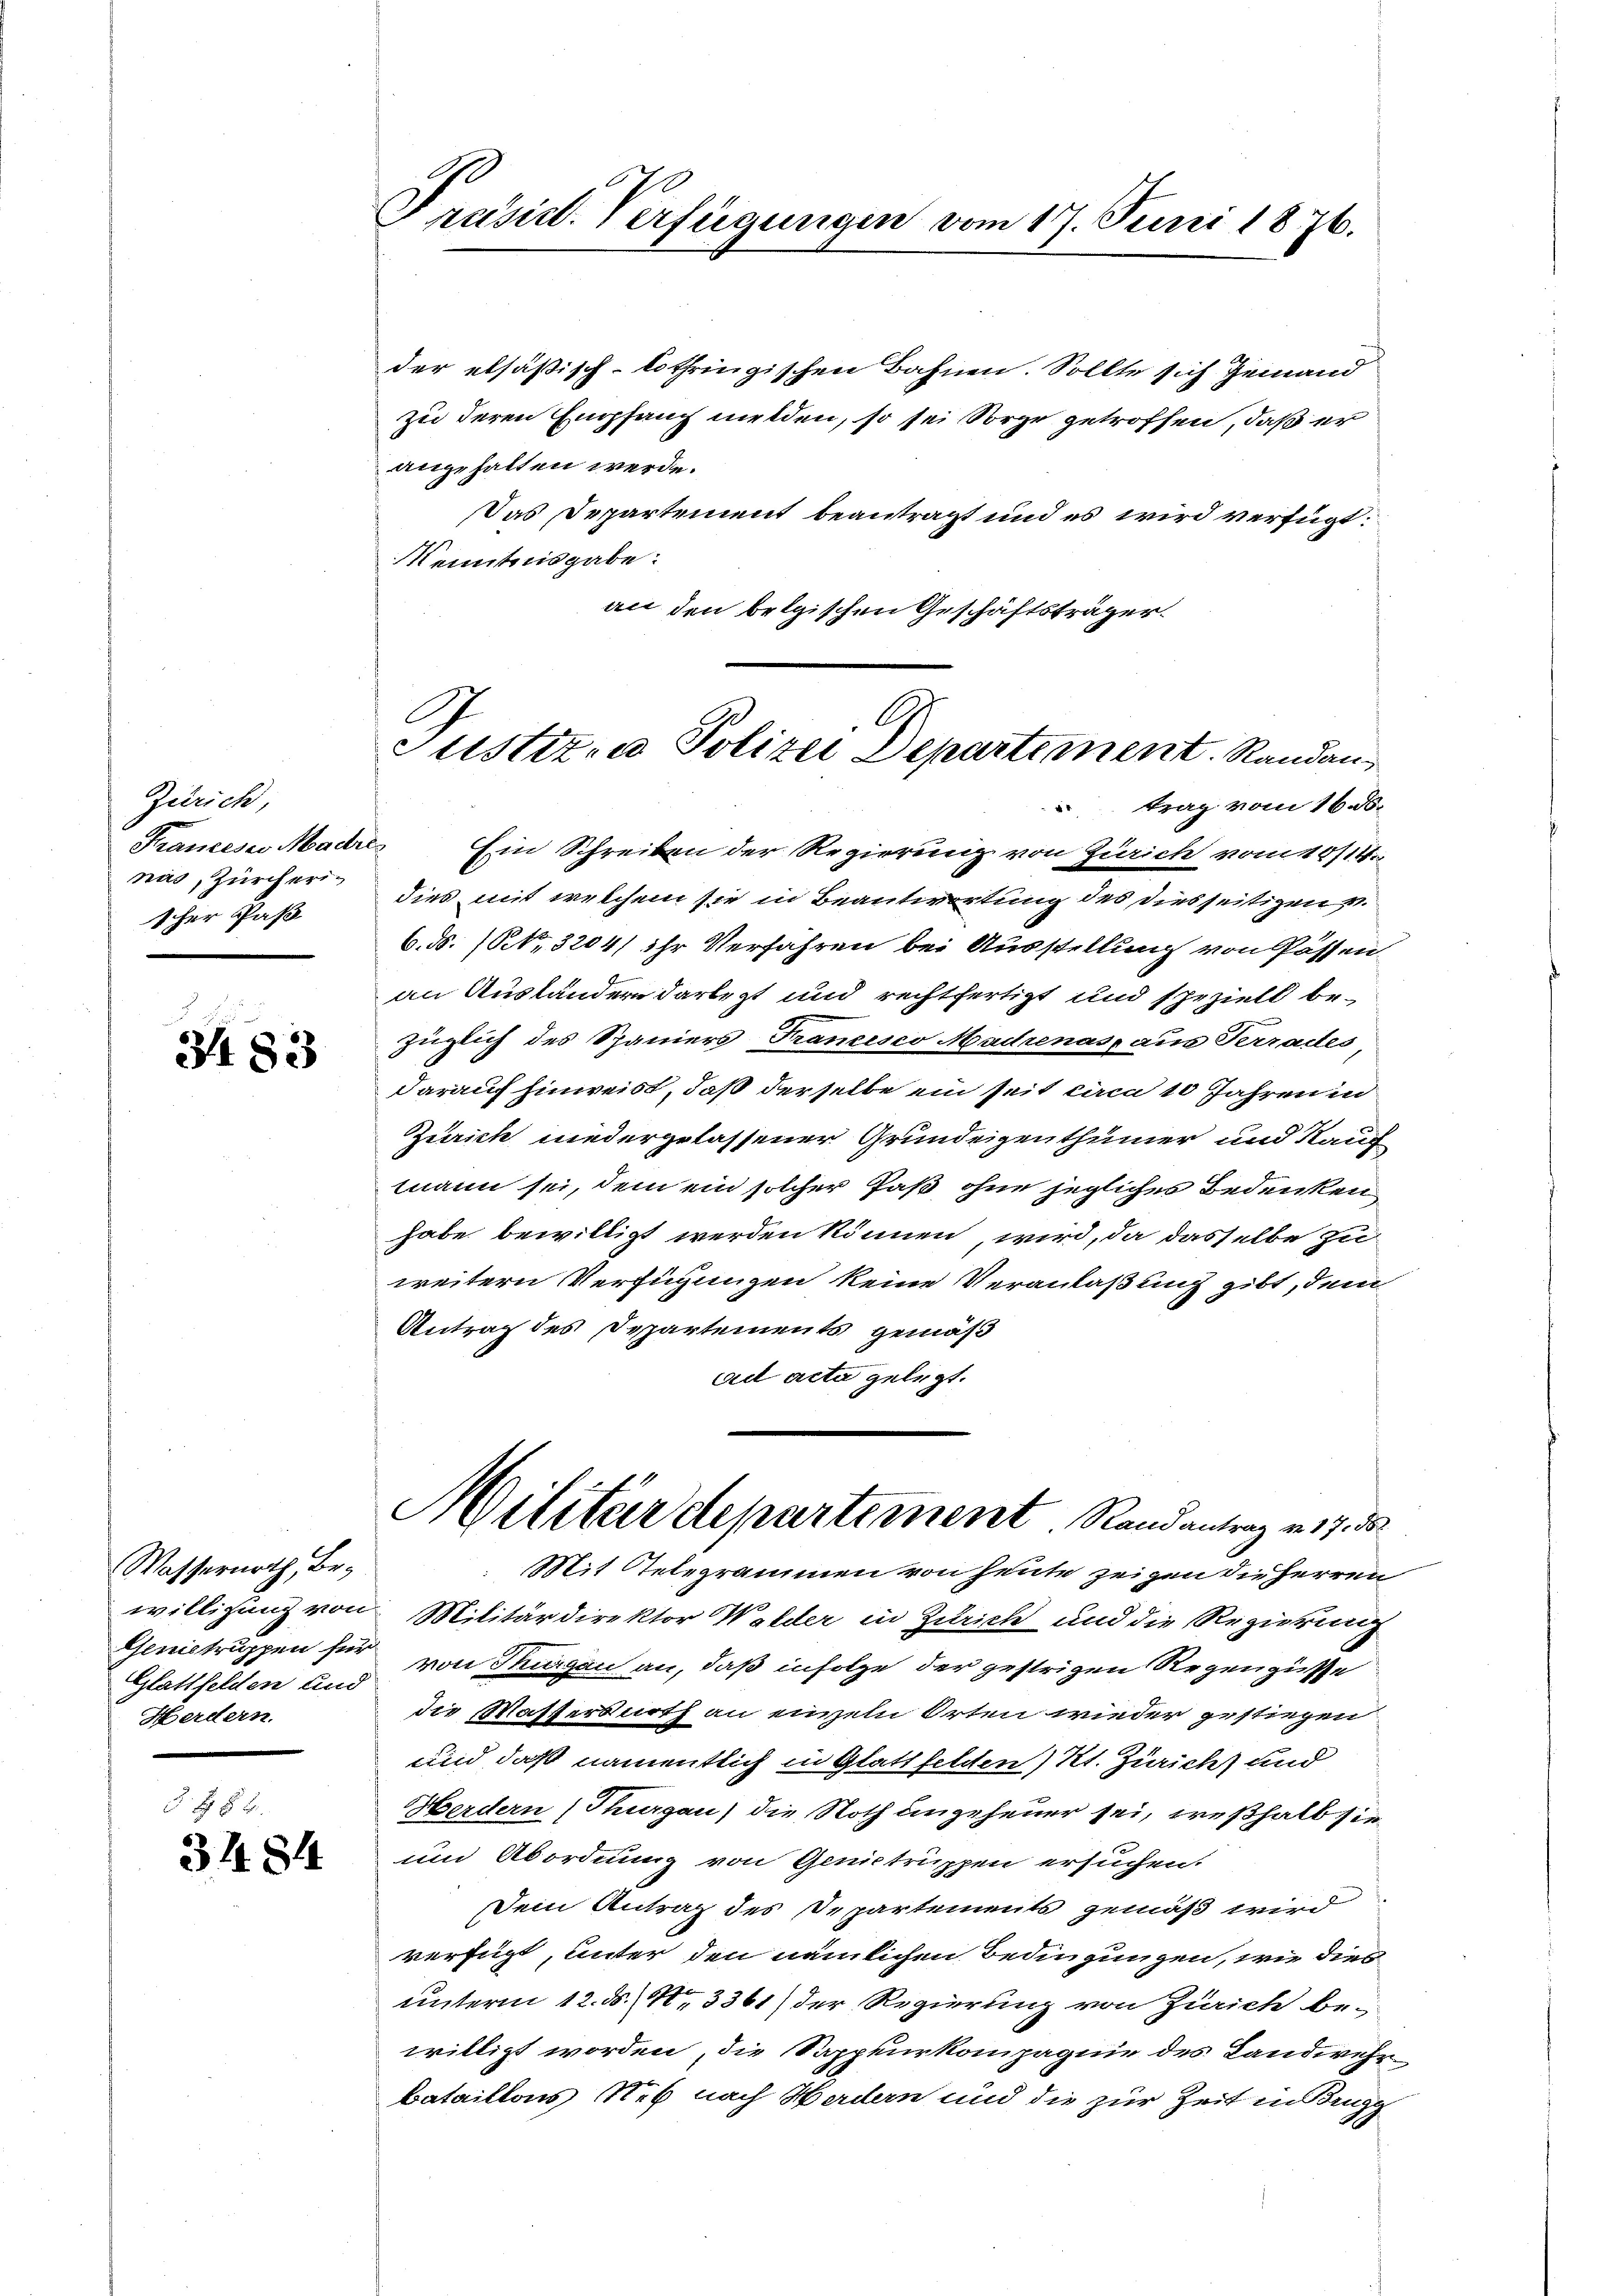
Zürich
Franceser Madr
nus, Zürcherischer Paß

3483

Wasserurth, Bewilligung von
Genistruppen für
Glattfelden und
Herdern.

Z. B. § 2.
3484

Präsid. Verfügungen vom 17. Juni 1876.

der elsäßisch-lothringischen Bahnen. Sollte sich jemand
zu deren Empfang melden, so sei Sorge getroffen, daß er
angehalten werde.
Das Departement beantragt und es wird verfügt:
Kenntnisgabe:
an den belgischen Geschäftsträger.

A
Justizen Polizei Departement. Randan¬
 trag vom 16. ds.

Ein Schreiben der Regierung von Zürich vom 8/14.
dies mit welchem sie in Beantwortung des Diesseitizen z
6. ds. (S. 3204/ ihr Verfahren bei Ausstellung von Passen
an Ausländern darlegt und rechtfertigt und speziell bezüglich des Spaniers Francesco Madenas, aus Terrades
darauf hinweist, daß derselbe ein seit caca 10 Jahren in
Zürich niedergelassener Grundeigenthümer und Kauf
mann sei, dem ein solcher Paß ohne jegliches Bedenken
habe bewilligt werden können wird, da dasselbe zu
weitern Verfügungen keine Veranlaßung gibt, dem
Antrag des Departements gemäß
ad acta gelegt.
Militärdepartement Randantrag v. 17. ds.
Mit Relegrammen von heute zeigen die Herren
Militärdirektor Walder in Zutrich und die Regierung
von Thurgau an, daß infolge der gestrigen Regengüsse
die Massersnoth an einzeln Orten wieder gestiegen
und daß namentlich in Glattfelden) Kt. Zürich und
Herdern (Thurgau) die Noth angeheuer sei, weßhalb sie
und Abordnung von Genictruppen ersuchen.
Dein Antrag des Departements gemäß wird
verfügt, unter den nämlichen Bedingungen, wie dies
unterm 12. ds. 1. 3361) der Regierung von Zürich bewilligt worden, die Sappeurkompagnie des Landwehr
bataillons Neb nach Werdern und die zur Zeit in Brugg